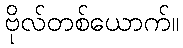
ဗိုလ်တစ်ယောက်။